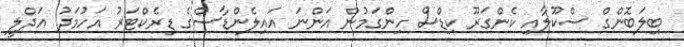
ބިލަބޮންގް ސްކޫލާއި ކެންގަރޫ ކިޑްސް ހިންގަމުން އަންނަ އައިލެންޑާސްގެ ޑިރެކްޓަރު އަހުމަދު އަދްލީ